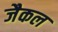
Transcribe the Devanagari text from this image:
जैकल